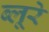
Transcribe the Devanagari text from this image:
ब्लूरे